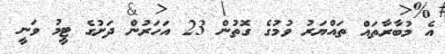
އެ މުބާރާތައް ތައްޔަރު ވުމުގެ ގޮތުން 23 އަހަރުން ދަށުގެ ޓީމު ވަނީ